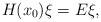
LaTeX: \begin{align*}H(x_0)\xi=E\xi,\end{align*}